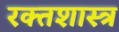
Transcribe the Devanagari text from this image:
रक्तशास्त्र